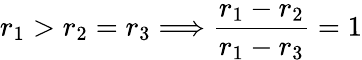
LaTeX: r_{1}>r_{2}=r_{3}\Longrightarrow\frac{r_{1}-r_{2}}{r_{1}-r_{3}}=1